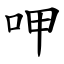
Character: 呷